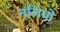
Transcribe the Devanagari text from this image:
नलियो